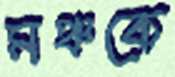
মঞ্চকে